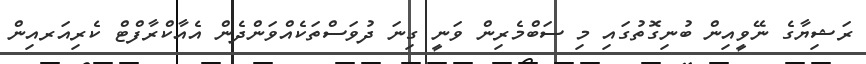
ރަޝިޔާގެ ނޭވީއިން ބުނިގޮތުގައި މި ސަބްމެރިން ވަނީ ގިނަ ދުވަސްތަކެއްވަންދެން އެއާކްރާފްޓް ކެރިއަރއިން